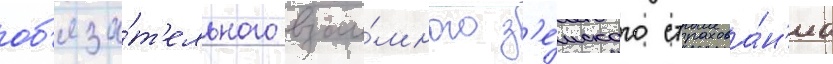
об'яза́т'ельного взаи́много з'е́мского страхова́н'иа